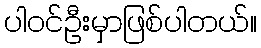
ပါဝင်ဦးမှာဖြစ်ပါတယ်။